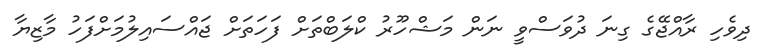
ދިވެހި ރާއްޖޭގެ ގިނަ ދުވަސްވީ ނަން މަޝްހޫރު ކްލަބްތަށް ފަހަތަށް ޖައްސައިލުމަށްފަހު މާޒިޔާ